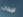
الإيمان